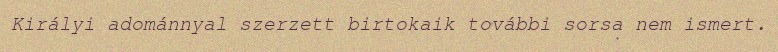
Királyi adománnyal szerzett birtokaik további sorsa nem ismert.